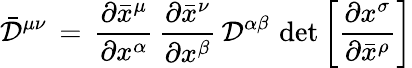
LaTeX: {\bar{\mathcal{D}}}^{\mu\nu}\, =\, {\frac{\partial{\bar{x}}^{\mu}}{\partial x^{\alpha}}}\, {\frac{\partial{\bar{x}}^{\nu}}{\partial x^{\beta}}}\, {\mathcal{D}}^{\alpha\beta}\, \operatorname*{det}\left[{\frac{\partial x^{\sigma}}{\partial{\bar{x}}^{\rho}}}\right]